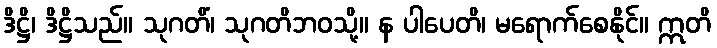
ဒိဋ္ဌိ၊ ဒိဋ္ဌိသည်။ သုဂတိံ၊ သုဂတိဘဝသို့။ န ပါပေတိ၊ မရောက်စေနိုင်။ ဣတိ